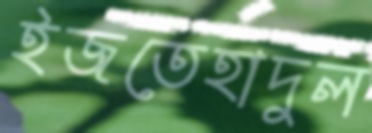
ইজতেহাদুল